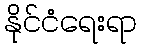
နိုင်ငံရေးရာ